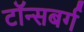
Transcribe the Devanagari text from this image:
टॉन्सबर्ग